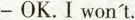
-OK.I won't.